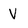
Character: V